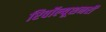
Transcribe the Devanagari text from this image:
रिवॉल्यूशनरी